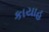
કાયાહ